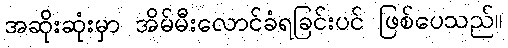
အဆိုးဆုံးမှာ အိမ်မီးလောင်ခံရခြင်းပင် ဖြစ်ပေသည်။